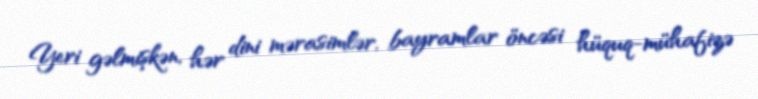
Yeri gəlmişkən, hər dini mərasimlər, bayramlar öncəsi hüquq-mühafizə